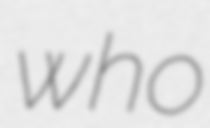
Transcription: who